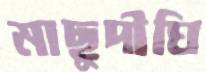
মাছুদীঘি